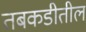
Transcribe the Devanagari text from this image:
तबकडीतील